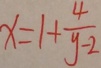
x = 1 + \frac { 4 } { y - 2 }